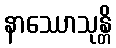
နာဿောသုန္တိ